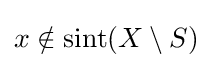
x\notin \operatorname {sint} (X\setminus S)